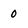
Character: 0